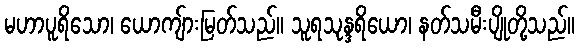
မဟာပူရိသော၊ ယောကျ်ားမြတ်သည်။ သူရသုန္ဒရိယော၊ နတ်သမီးပျိုတို့သည်။